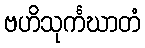
ဗဟိသုင်္ကဃာတံ